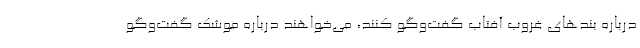
درباره بندهای غروب آفتاب گفت‌وگو کنند، می‌خواهند درباره موشک گفت‌وگو